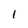
Character: 1